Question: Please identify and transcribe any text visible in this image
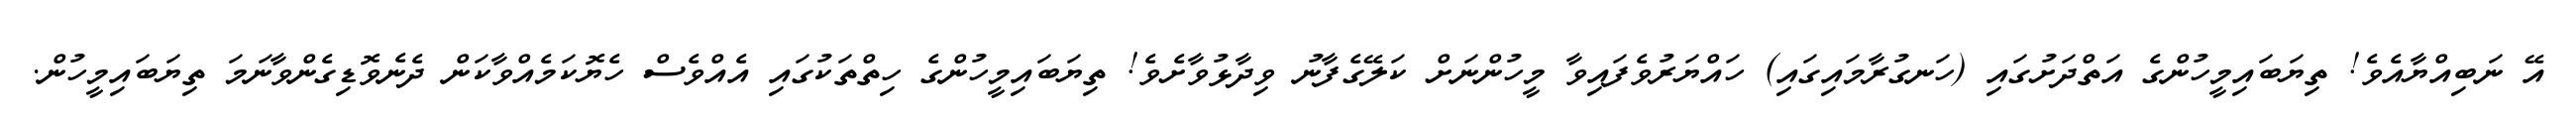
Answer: އޭ ނަބިއްޔާއެވެ! ތިޔަބައިމީހުންގެ އަތްދަށުގައި (ހަނގުރާމައިގައި) ހައްޔަރުވެފައިވާ މީހުންނަށް ކަލޭގެފާނު ވިދާޅުވާށެވެ! ތިޔަބައިމީހުންގެ ހިތްތަކުގައި އެއްވެސް ހެޔޮކަމެއްވާކަން ދެނެވޮޑިގެންވާނަމަ ތިޔަބައިމީހުން.